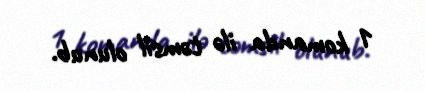
1 komanda ilə təmsil olunub.